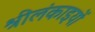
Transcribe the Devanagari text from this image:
श्रीलंकाइयों